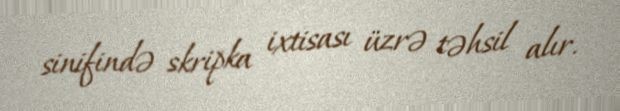
sinifində skripka ixtisası üzrə təhsil alır.